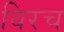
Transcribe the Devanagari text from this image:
विरच